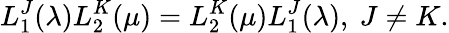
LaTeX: L_{1}^{J}(\lambda)L_{2}^{K}(\mu)=L_{2}^{K}(\mu)L_{1}^{J}(\lambda),\ J\neq K.